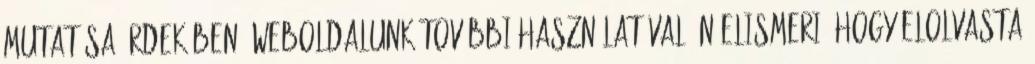
mutatása érdekében. Weboldalunk további használatával Ön elismeri, hogy elolvasta